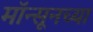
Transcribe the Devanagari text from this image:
मॉन्सूनच्या